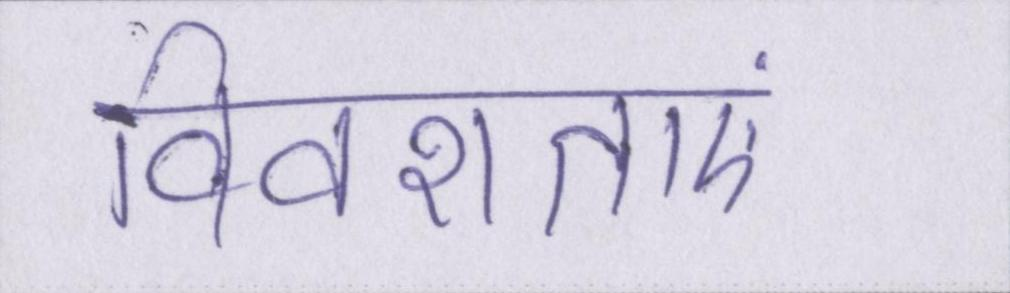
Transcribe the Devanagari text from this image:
विवशताएं